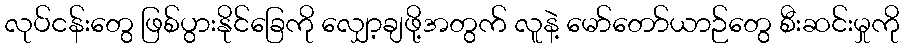
လုပ်ငန်းတွေ ဖြစ်ပွားနိုင်ခြေကို လျှော့ချဖို့အတွက် လူနဲ့ မော်တော်ယာဉ်တွေ စီးဆင်းမှုကို